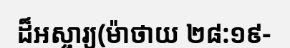
ដ៏អស្ចារ្យ(ម៉ាថាយ ២៨:១៩-